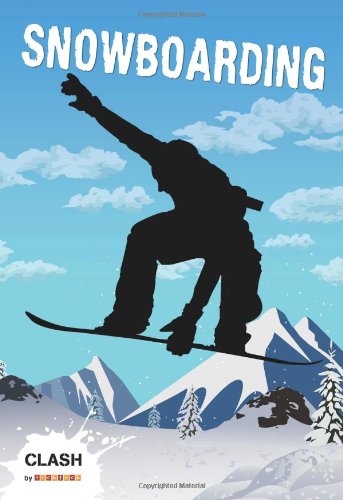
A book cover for Snowboarding (Clash); Matt Barr; Sports & Outdoors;